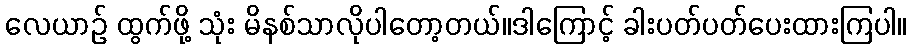
လေယာဉ် ထွက်ဖို့ သုံး မိနစ်သာလိုပါတော့တယ်။ဒါကြောင့် ခါးပတ်ပတ်ပေးထားကြပါ။